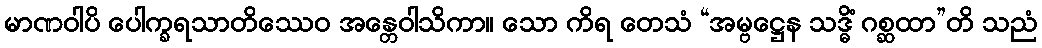
မာဏဝါပိ ပေါက္ခရသာတိဿေဝ အန္တေဝါသိကာ။ သော ကိရ တေသံ “အမ္ဗဋ္ဌေန သဒ္ဓိံ ဂစ္ဆထာ”တိ သညံ